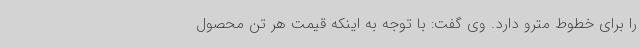
را برای خطوط مترو دارد. وی گفت: با توجه به اینکه قیمت هر تن محصول